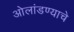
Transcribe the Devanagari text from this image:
ओलांडण्याचे